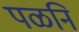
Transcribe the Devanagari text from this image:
पळनि